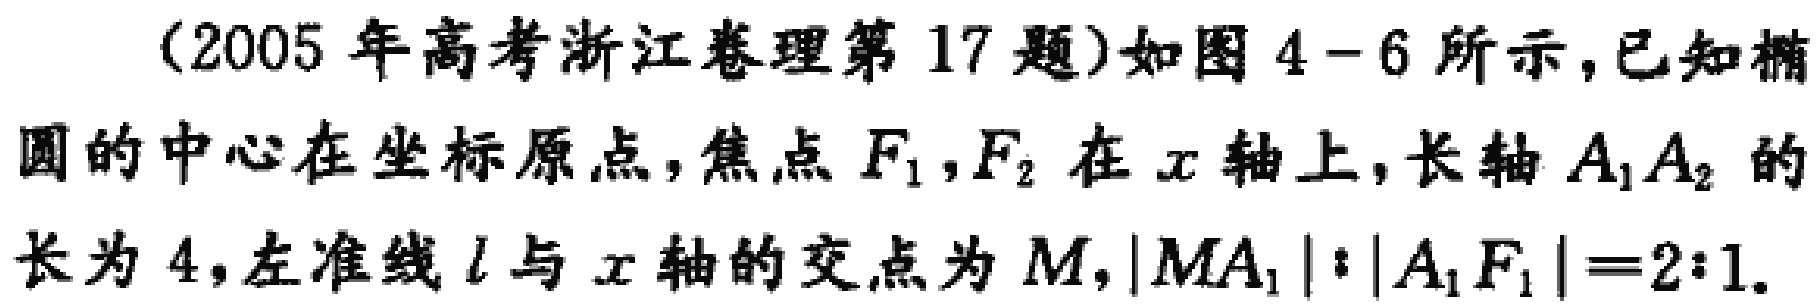
(2005年高考浙江卷理第17题)如图4 - 6所示，已知椭圆的中心在坐标原点，焦点\(F_1,F_2\)在\(x\)轴上，长轴\(A_1A_2\)的长为\(4\)，左准线\(l\)与\(x\)轴的交点为\(M\)，\(\vert MA_1\vert:\vert A_1F_1\vert = 2:1\)。